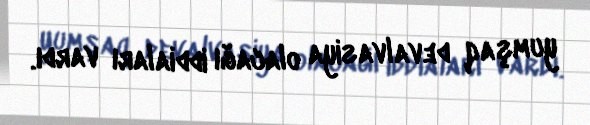
yumşaq devalvasiya olacağı iddiaları vardı.